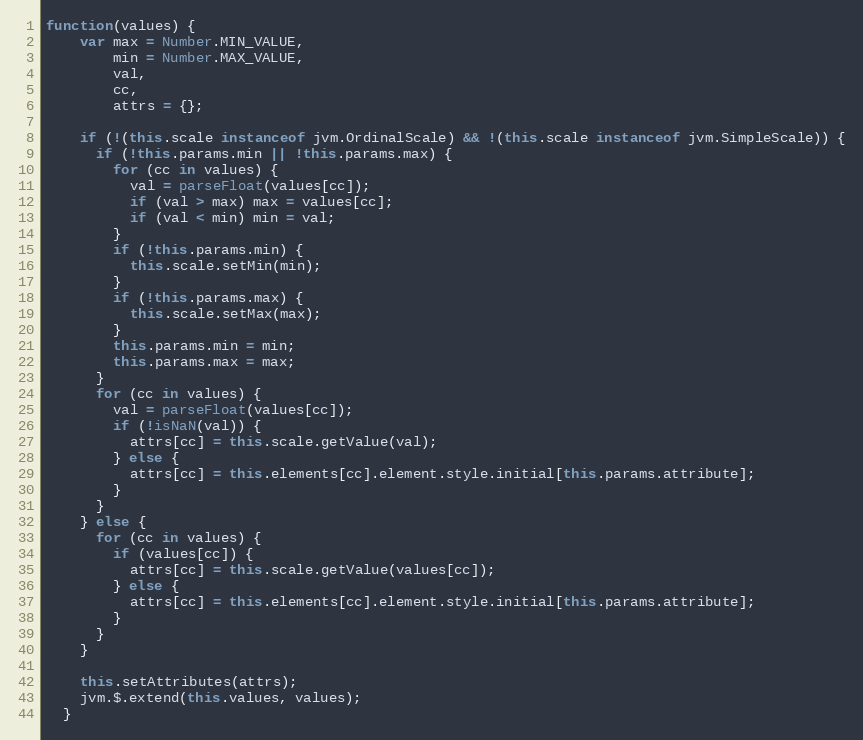
Language: JavaScript
function(values) {
    var max = Number.MIN_VALUE,
        min = Number.MAX_VALUE,
        val,
        cc,
        attrs = {};

    if (!(this.scale instanceof jvm.OrdinalScale) && !(this.scale instanceof jvm.SimpleScale)) {
      if (!this.params.min || !this.params.max) {
        for (cc in values) {
          val = parseFloat(values[cc]);
          if (val > max) max = values[cc];
          if (val < min) min = val;
        }
        if (!this.params.min) {
          this.scale.setMin(min);
        }
        if (!this.params.max) {
          this.scale.setMax(max);
        }
        this.params.min = min;
        this.params.max = max;
      }
      for (cc in values) {
        val = parseFloat(values[cc]);
        if (!isNaN(val)) {
          attrs[cc] = this.scale.getValue(val);
        } else {
          attrs[cc] = this.elements[cc].element.style.initial[this.params.attribute];
        }
      }
    } else {
      for (cc in values) {
        if (values[cc]) {
          attrs[cc] = this.scale.getValue(values[cc]);
        } else {
          attrs[cc] = this.elements[cc].element.style.initial[this.params.attribute];
        }
      }
    }

    this.setAttributes(attrs);
    jvm.$.extend(this.values, values);
  }